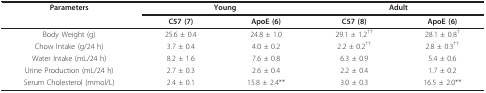
<table><thead><tr><td><b>Parameters</b></td><td colspan="2"><b>Young</b></td><td colspan="2"><b>Adult</b></td></tr><tr><td></td><td><b>C57 (7)</b></td><td><b>ApoE (6)</b></td><td><b>C57 (8)</b></td><td><b>ApoE (6)</b></td></tr></thead><tbody><tr><td>Body Weight (g)</td><td>25.6 ± 0.4</td><td>24.8 ± 1.0</td><td>29.1 ± 1.2<sup>††</sup></td><td>28.1 ± 0.8<sup>†</sup></td></tr><tr><td>Chow Intake (g/24 h)</td><td>3.7 ± 0.4</td><td>4.0 ± 0.2</td><td>2.2 ± 0.2<sup>††</sup></td><td>2.8 ± 0.3<sup>††</sup></td></tr><tr><td>Water Intake (mL/24 h)</td><td>8.2 ± 1.6</td><td>7.6 ± 0.8</td><td>6.3 ± 0.9</td><td>5.4 ± 0.6</td></tr><tr><td>Urine Production (mL/24 h)</td><td>2.7 ± 0.3</td><td>2.6 ± 0.4</td><td>2.2 ± 0.4</td><td>1.7 ± 0.2</td></tr><tr><td>Serum Cholesterol (mmol/L)</td><td>2.4 ± 0.1</td><td>15.8 ± 2.4**</td><td>3.0 ± 0.3</td><td>16.5 ± 2.0**</td></tr></tbody></table>